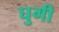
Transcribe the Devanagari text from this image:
घुगी